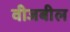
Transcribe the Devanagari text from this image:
वीजबील